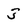
Character: 3